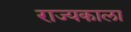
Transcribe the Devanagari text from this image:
राज्यकाला